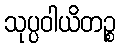
သုပ္ပဝါယိတဉ္စ